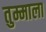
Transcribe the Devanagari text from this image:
तुम्माला